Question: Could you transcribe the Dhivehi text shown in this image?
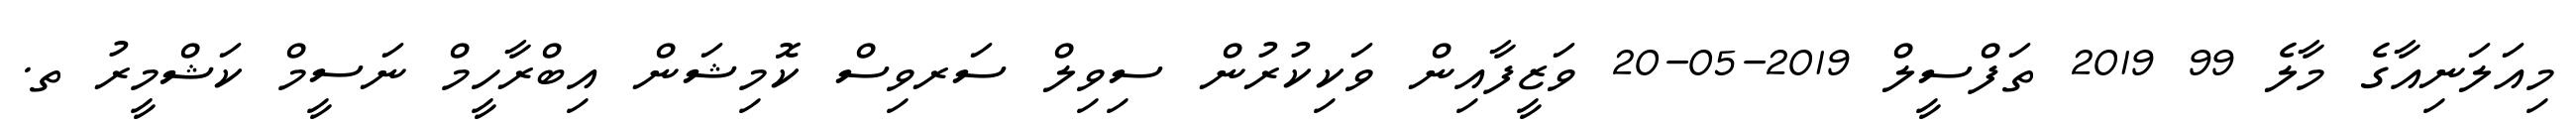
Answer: މިއަލަނިއާގެ މާލެ 99 2019 ތަފްސީލް 2019-05-20 ވަޒީފާއިން ވަކިކުރުން ސިވިލް ސަރވިސް ކޮމިޝަން އިބްރާހީމް ނަސީމް ކަޝްމީރު ތ.